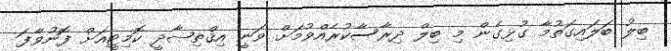
ބިލު ބަލައިގަތުމާ ގުޅިގެން މި ބިލް ދިރާސާކުރެއްވުމަށް ވަނީ އިޤްތިޞާދީ ކޮމިޓީއަށް ފޮނުވާފަ